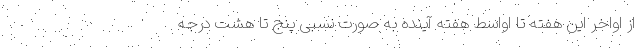
از اواخر این هفته تا اواسط هفته آینده به صورت نسبی پنج تا هشت درجه